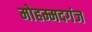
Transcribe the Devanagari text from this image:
मोहम्मदगंज